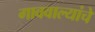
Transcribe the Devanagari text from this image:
गाववाल्यांचे